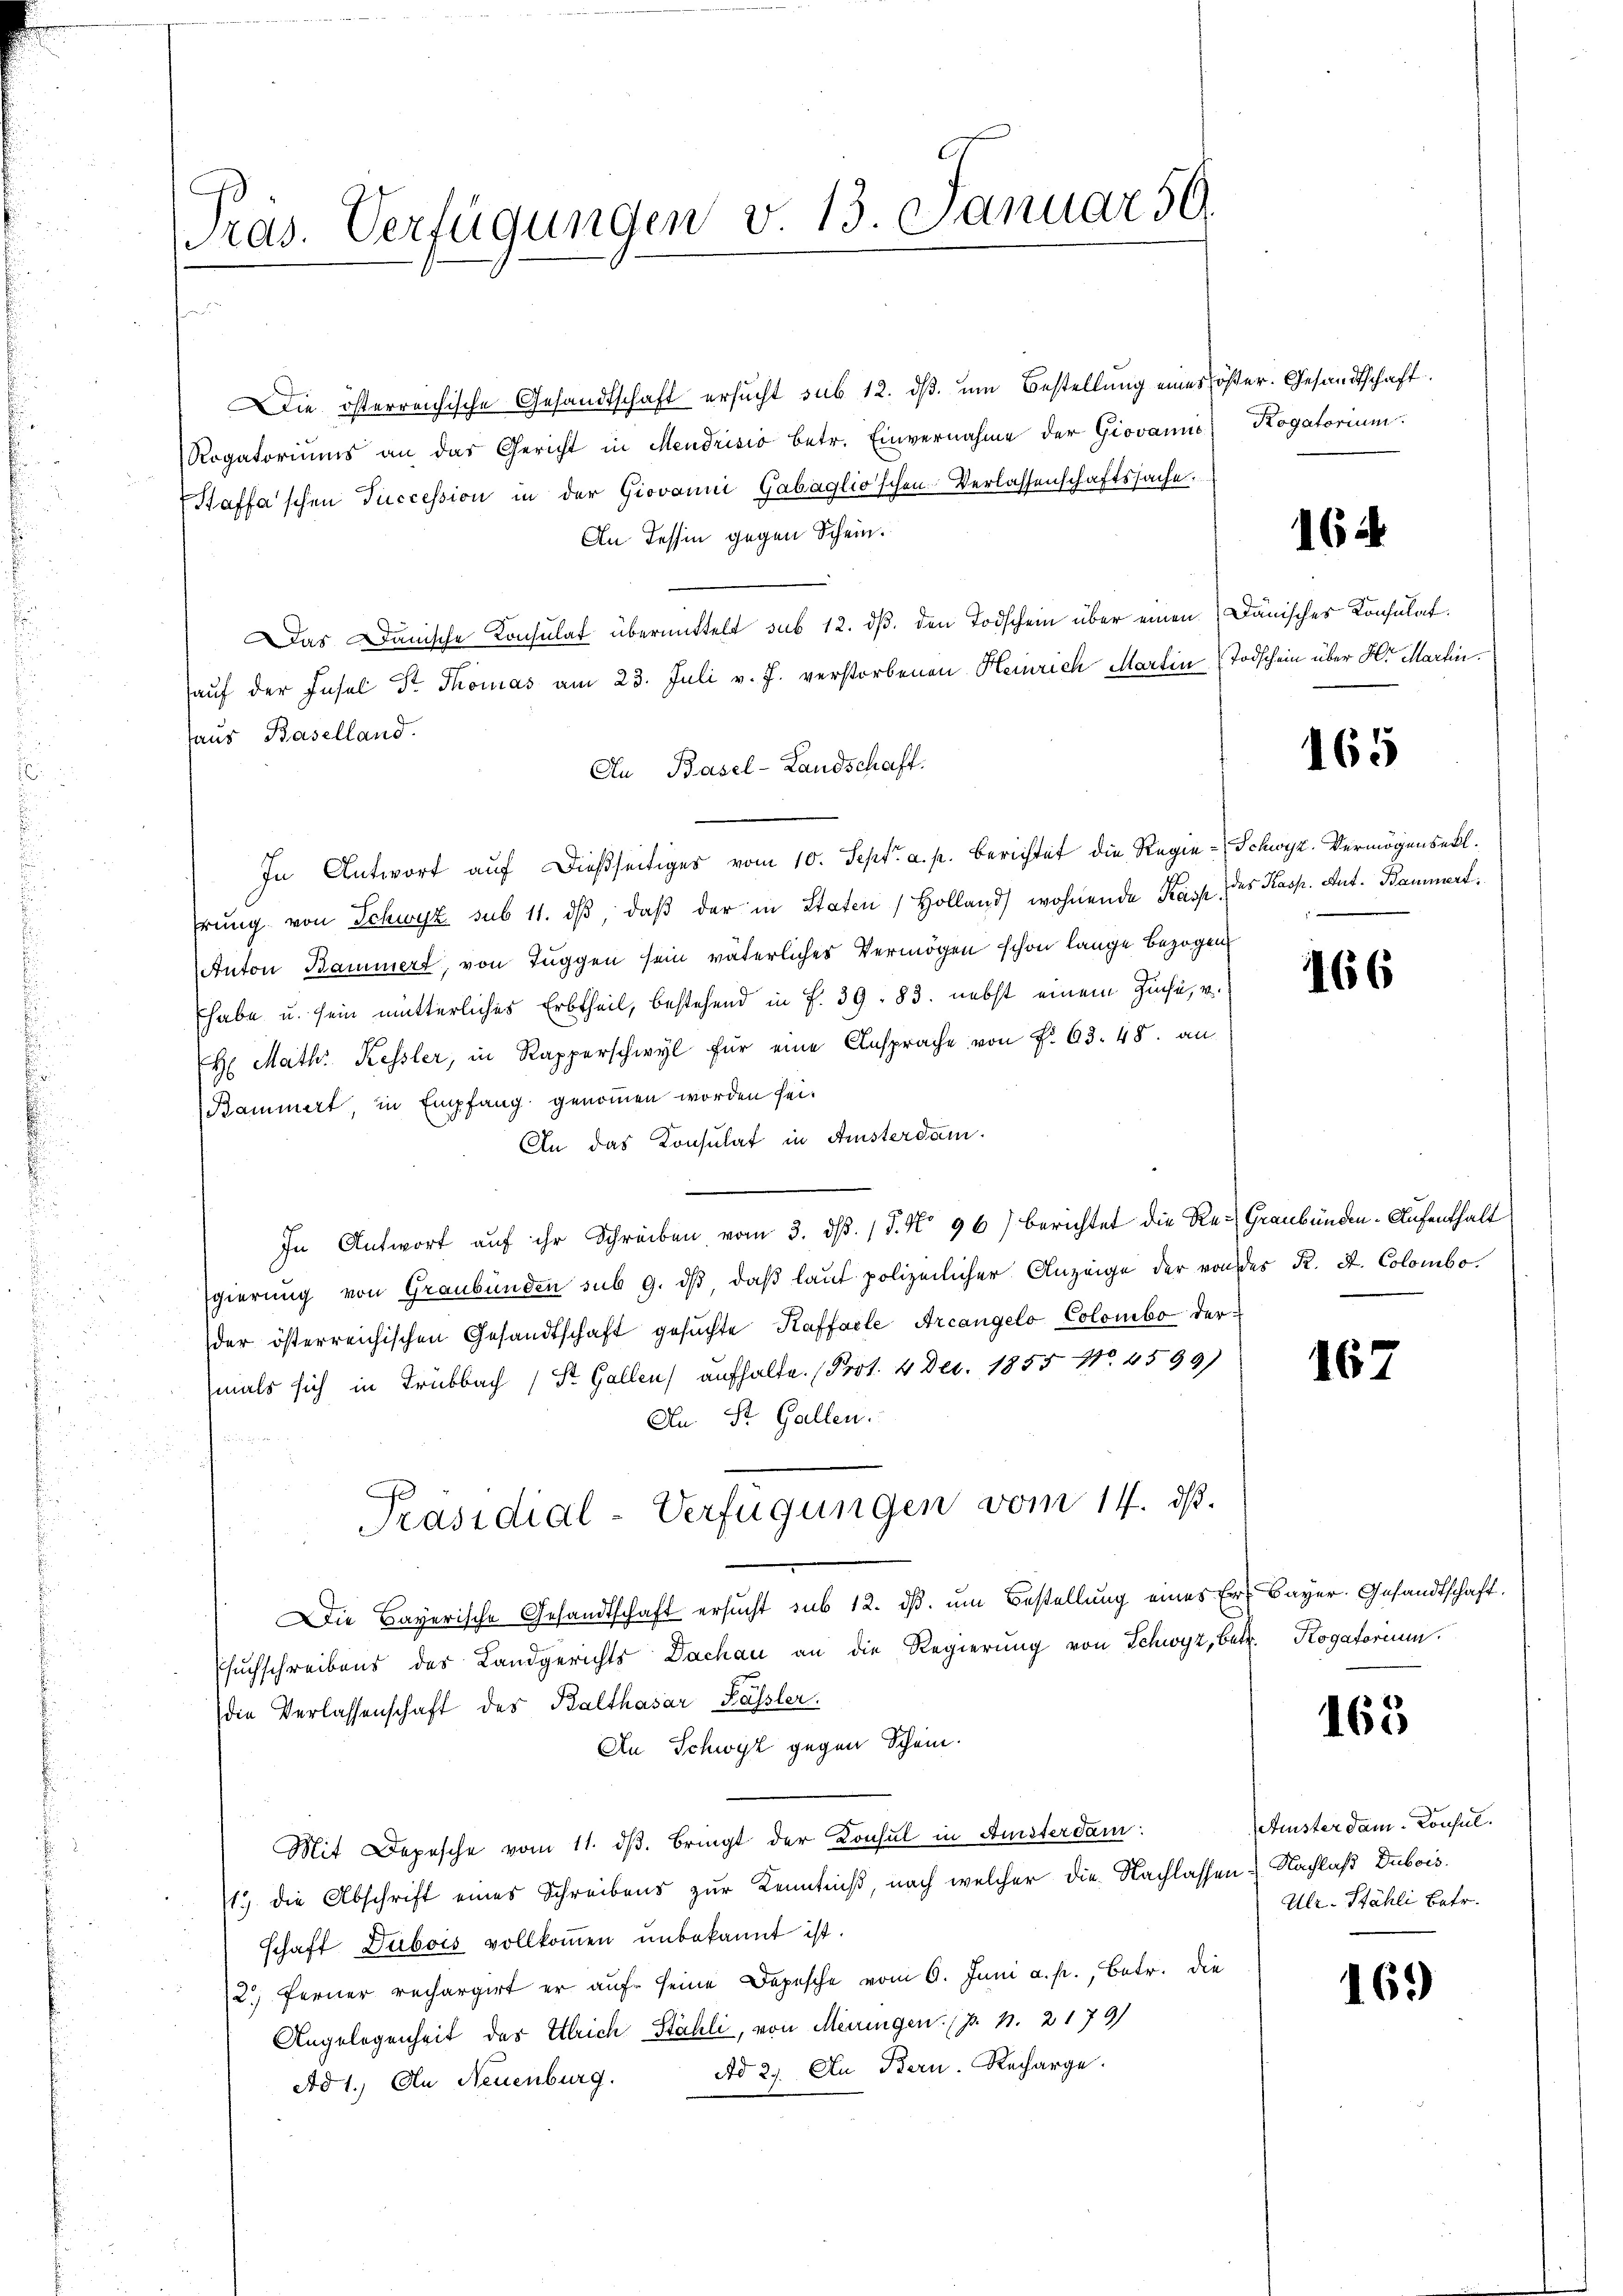
ras. Verfügungen v. 13. Januar 59.
e

Die österreichische Gesandtschaft ersucht sub 12. ds. um Bestellung eines öster. Gesandtschaft
Rogatoriums an das Gericht in Mendrisio betr. Einvernahme der Giovanić Kogatorium.
Staffa'schen Succession in der Giovanni Gabaglio'schen Verlassenschaftssache.
An Tessin gegen Schein.
Das Danische Konsulat übermittelt sub 12. dß. den Todschein über einen Danisches Konsulat
auf der Insel Dr. Thomas am 23. Juli v. J. verstorbenen Heinrich Martin Todschein über Hr. Martin
haus Baselland.
Au Basel-Landschaft.
In Antwort aŭf dießseitiges vom 10. Sept. a. p. berichtet die Regie-Schwyz. Vermögenseil.
hrung von Schwyz sub 11. dβ, daβ der in Staten Holland wohnende Kasp. des Kasp. Ant. Bammert.
Anton Bammert, von Tuggen sein väterliches Vermögen schon lange bezogen
Ehabe u. sein mutterliches Erbtheil, bestehend in P. 39. 83. nebst einem Zinse, u.
H: Math. Kessler, in Rapperschwyl für eine Ansprache von Fr. 63. 48. an
Bammert, in Empfang genommen worden sei.
An das Konsulat in Ansterdam.
In Antwort aŭf ihr Schreiben vom 3. dβ. / 5. No 96) berichtet die Re-Graubünden-Aufenthalt
Egierung von Graubünden sub 9. dβ daß laut polizeilicher Anzeige der von des R. St. Colomboder österreichischen Gesandtschaft gesuchte Kaffalle Arcangelo Colombo dermals sich in Trubbach (St. Gallen aufhalte. (Prot. 4 Dec. 1855 No. 4599)
An St. Gallen.
Präsidial-Verfügungen vom 14. ds.
Die Bayerische Gesandtschaft ersucht sub 12. ds. um Bestellung eines Er- Bayer. Gesandtschaft.
Esuchschreibens des Landgerichts Dachau an die Regierung von Schwyz, betr. Rogatorium
die Verlassenschaft des Balthasar Kassler.
An Schwyz gegen Schein.
Mit Depesche vom 11. dβ. Bringt der Konsul in Amsterdam:
17 die Abschrift eines Schreibens zur Kenntniß, nach welcher die Nachlassen Nachlaß Dubois.
schaft Dubois vollkommen unbekannt ist.
12. Ferner rechargirt er auf seine Depesche vom 6. Juni a. p., Betr. die
Angelegenheit des Ulrich Stähli, von Meiringen. (p. 1. 2179)
Ad 29. Au Bern. Recharge.
Ad 1., In Neuenburg.

164

165

166

167

165

setenster dem Consul
Ulr. Stähli Betr.

169)